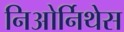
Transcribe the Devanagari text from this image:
निओर्निथेस